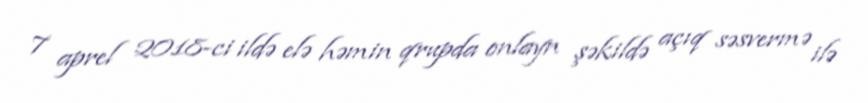
7 aprel 2018-ci ildə elə həmin qrupda onlayn şəkildə açıq səsvermə ilə